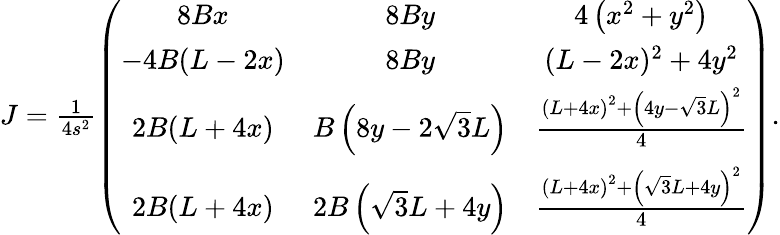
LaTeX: \begin{array}{r}{J=\frac 1{4s^{2}}\left(\begin{array}{ccc}{8Bx}&{8By}&{4\left(x^{2}+y^{2}\right)}\\ {-4B(L-2x)}&{8By}&{(L-2x)^{2}+4y^{2}}\\ {2B(L+4x)}&{B\left(8y-2\sqrt{3}L\right)}&{\frac{\left(L+4x\right)^{2}+\left(4y-\sqrt{3}L\right)^{2}}{4}}\\ {2B(L+4x)}&{2B\left(\sqrt{3}L+4y\right)}&{\frac{\left(L+4x\right)^{2}+\left(\sqrt{3}L+4y\right)^{2}}{4}}\end{array}\right).}\end{array}